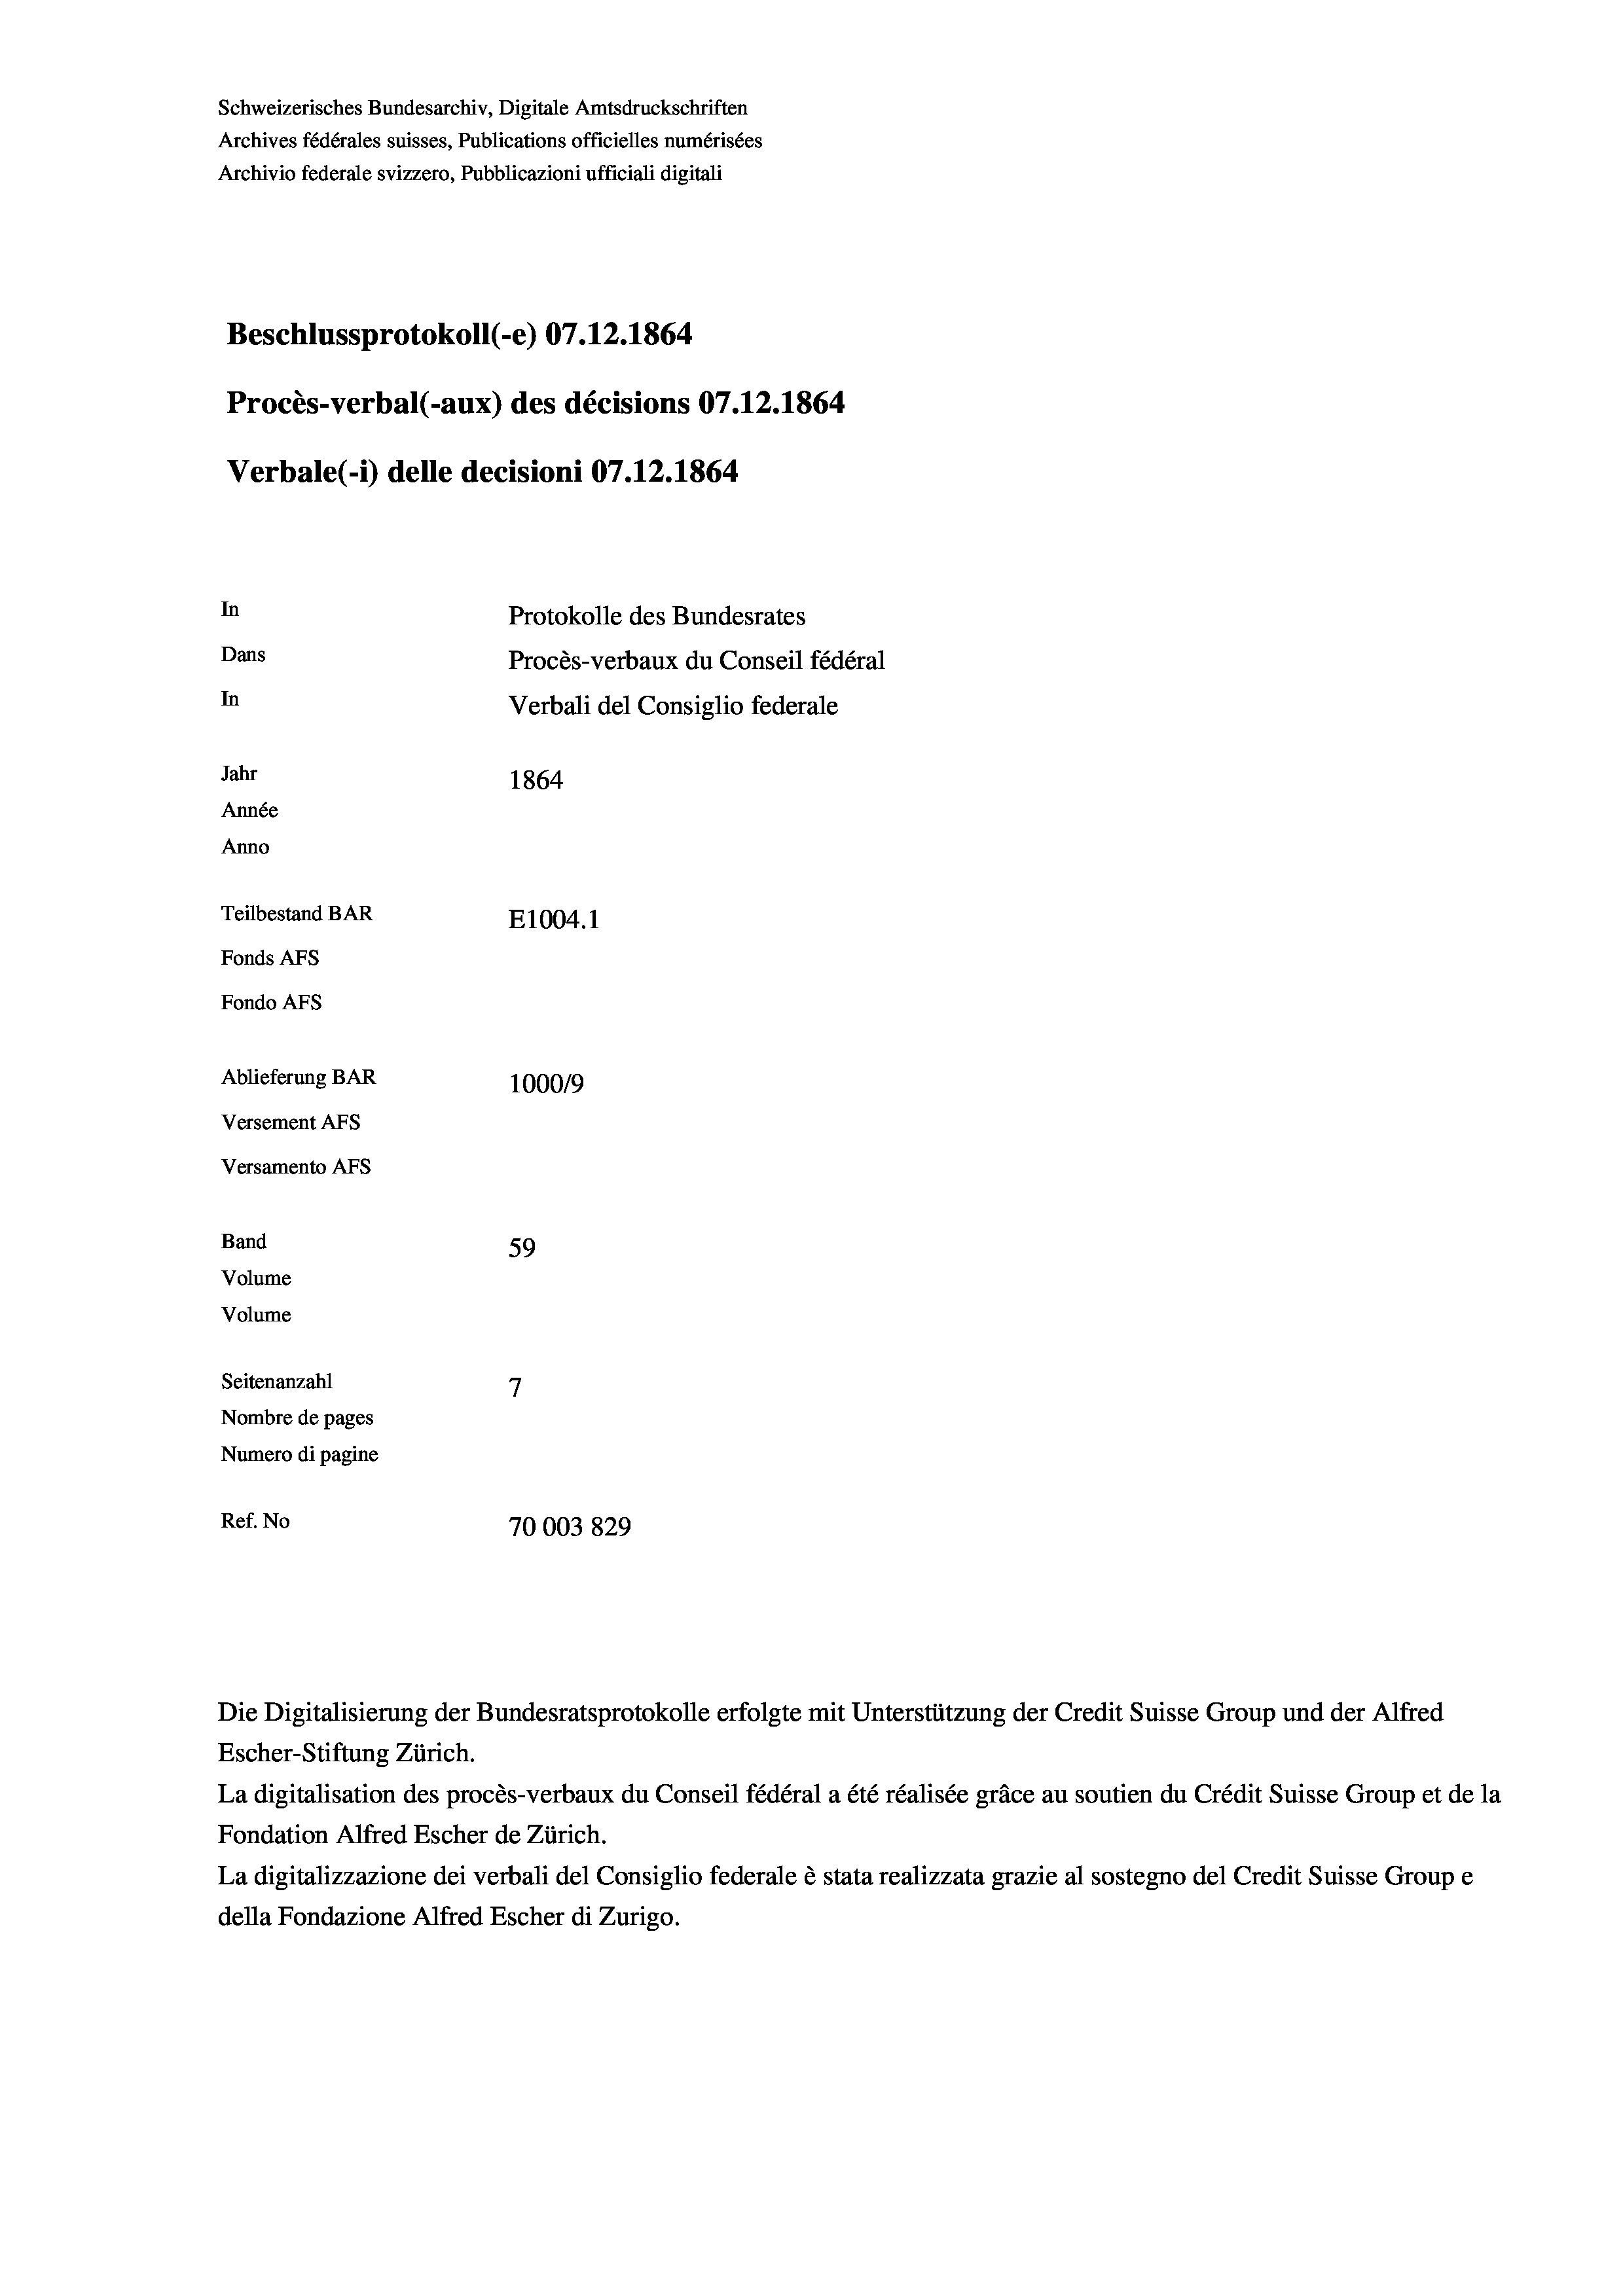
Schweizerisches Bundesarchiv, Digitale Amtsdruckschriften
Archives fédérales suisses, Publications officielles numérisées
Archivio federale svizzero, Pubblicazioni ufficiali digitali
Beschlussprotokoll (-e) 07.12. 1864
Procès-verbal (-aux) des décisions 07.12.1864
Verbale (i) delle decisioni 07.12. 1864
In
Protokolle des Bundesrates
Dans
Procès-verbaux du Conseil fédéral
In
Verbali del Consiglio federale
Jahr
1864
Année
Anno
Teilbestand BAR
E1004. 1
Fonds AFs
Fondo AFs
Ablieferung BAR
100019
Versement AFS

Versamento Afs
Band
Volume
Volume
Seitenanzahl

59
7
Nombre de pages
Numero di pagine
Ref. No
70003829

Escher-Stiftung Zürich.
La digitalisation des procès-verbaux du Conseil fédéral a été réalisée gräce au soutien du Crédit Suisse Group et de la
Fondation Alfred Escher de Zürich.
La digitalizzazione dei verbali del Consiglio federale è stata realizzata grazie al sostegno del Credit Suisse Groupe
della Fondazione Alfred Escher di Zurigo.

Die Digitalisierung der Bundesratsprotokolle erfolgte mit Unterstützung der Credit Suisse Group und der Alfred